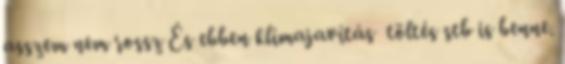
asszem nem rossz És ebben klímajavítás töltés stb is benne.